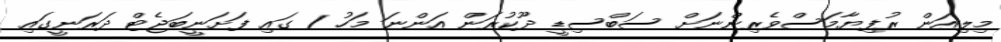
މިލިއަން ރުފިޔާމަސްވެރިންނަށް ސަބްސިޑީ ދޫކުރަން އަންނަ މަހު 1 ގައި ފަށަނީބަޖެޓް ދަރަނީގައި